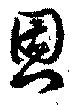
恩